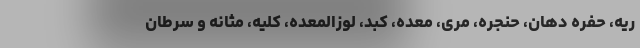
ریه، حفره دهان، حنجره، مری، معده، کبد، لوزالمعده، کلیه، مثانه و سرطان